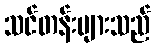
သင်တန်းများသည်